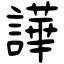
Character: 譁